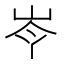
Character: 𡷉